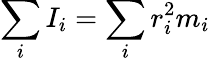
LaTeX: \sum_{i}I_{i}=\sum_{i}r_{i}^{2}m_{i}